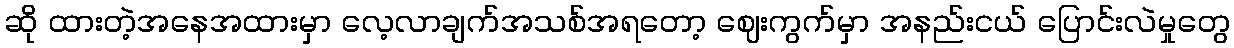
ဆို ထားတဲ့အနေအထားမှာ လေ့လာချက်အသစ်အရတော့ ဈေးကွက်မှာ အနည်းငယ် ပြောင်းလဲမှုတွေ